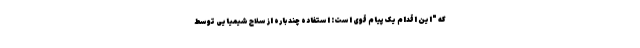
که "این اقدام یک پیام قوی است: استفاده چند باره از سلاح شیمیایی توسط